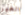
الغير